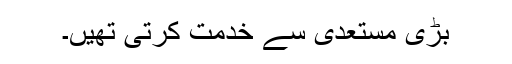
بڑی مستعدی سے خدمت کرتی تھیں۔